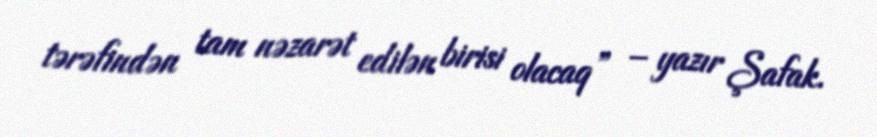
tərəfindən tam nəzarət edilən birisi olacaq” – yazır Şafak.